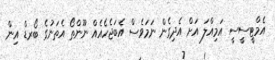
އެމްޓީސީސީ އަމިއްލަ އަށް އެދިގެން ނަމަވެސް އެބަޖެހެއެއް ނޫންތޯ އެތަނުގެ ބޯރޑް އިން